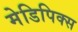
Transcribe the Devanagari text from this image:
मेडिपिक्स